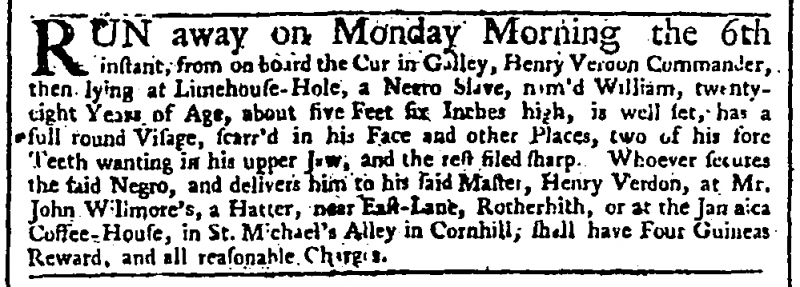
Daily Advertiser, 13 August 1744 (England)
RUN away on Monday Morning the 6th instant, from on board the Curtin Galley, Henry Verdon Commander, then lying at Limehouse-Hole, a Negro Slave, nam’d William, twenty-eight Years of Age, about five Feet six Inches high, is well set, has a full round Visage, scarr’d in his Face and other Places, two of his fore Teeth wanting in his upper Jaw, and the rest filed sharp. Whoever secures the said Negro, and delivers him to his said Master, Henry Verdon, at Mr. John Wilimore’s, a Hatter, near East-Lane, Rotherhith, or at the Jamaica Coffee-House, in St. Michael’s Alley in Cornhill; shall have Four Guineas Reward, and all reasonable Charges.